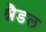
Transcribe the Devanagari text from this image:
श्नैडल